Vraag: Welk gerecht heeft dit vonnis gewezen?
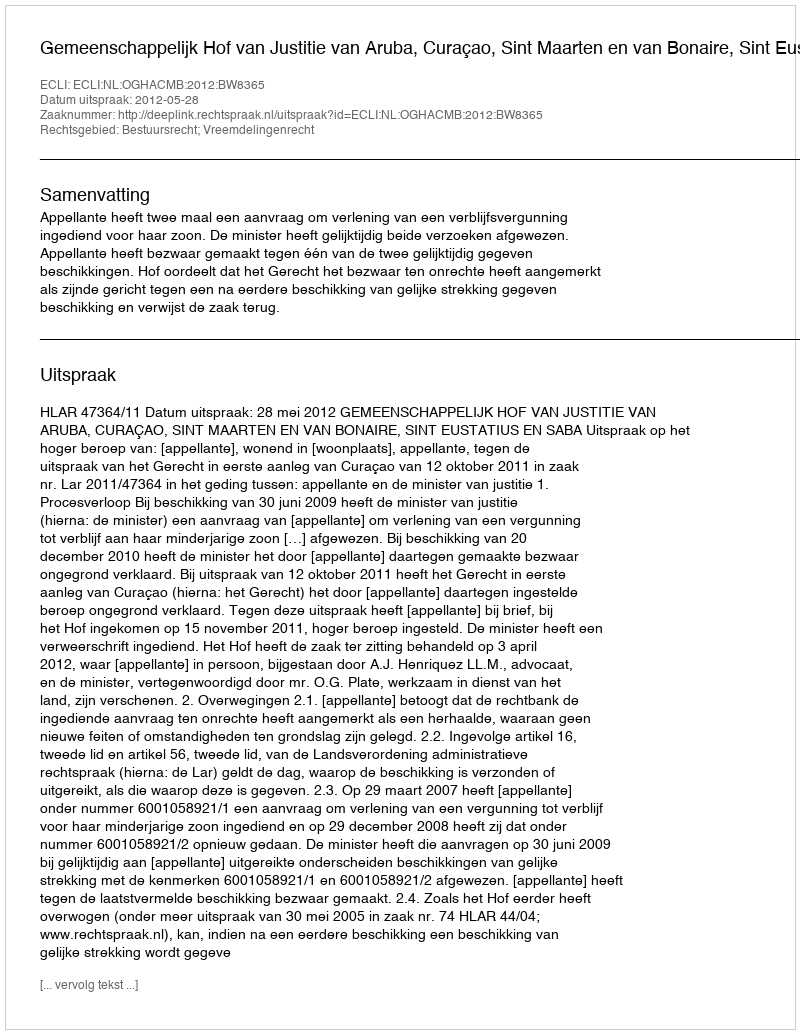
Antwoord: Gemeenschappelijk Hof van Justitie van Aruba, Curaçao, Sint Maarten en van Bonaire, Sint Eustatius en Saba